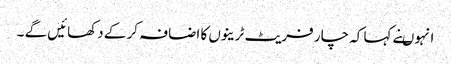
انہوںنے کہا کہ چار فریٹ ٹرینوں کا اضافہ کر کے دکھائیں گے ۔